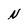
Character: N